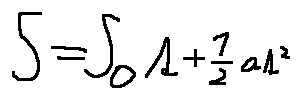
s = s _ { 0 } t + \frac { 1 } { 2 } a t ^ { 2 }